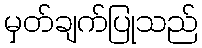
မှတ်ချက်ပြုသည်